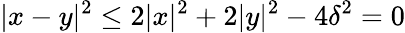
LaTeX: |x-y|^{2}\leq 2|x|^{2}+2|y|^{2}-4\delta^{2}=0